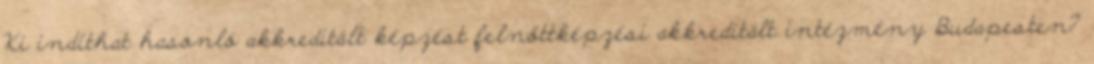
Ki indíthat hasonló akkreditált képzést felnőttképzési akkreditált intézmény Budapesten?